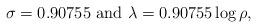
LaTeX: \begin{align*} \sigma=0.90755 \ \textrm{and} \ \lambda=0.90755\log{\rho},\end{align*}